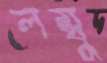
লম্বু